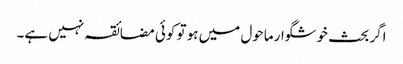
اگر بحث خوشگوار ماحول میں ہو تو کوئی مضائقہ نہیں ہے۔